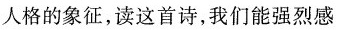
人格的象征，读这首诗，我们能强烈感